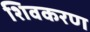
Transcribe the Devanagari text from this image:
शिवकरण